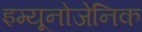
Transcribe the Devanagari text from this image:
इम्यूनोजेनिक